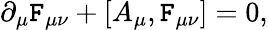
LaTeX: \partial_{\mu}\mathtt{F}_{\mu\nu}+[A_{\mu},\mathtt{F}_{\mu\nu}]=0,